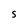
Character: S